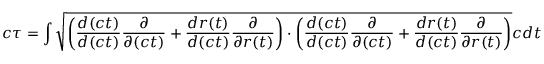
c \tau = \int \sqrt { \left( \frac { d ( c t ) } { d ( c t ) } \frac { \partial } { \partial ( c t ) } + \frac { d r ( t ) } { d ( c t ) } \frac { \partial } { \partial { r ( t ) } } \right) \cdot \left( \frac { d ( c t ) } { d ( c t ) } \frac { \partial } { \partial ( c t ) } + \frac { d r ( t ) } { d ( c t ) } \frac { \partial } { \partial { r ( t ) } } \right) } c d t